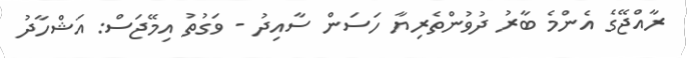
ރާއްޖޭގެ އެންމެ ބާރު ދުވުންތެރިޔާ ހަސަން ސާއިދު - ވަގުތު އިމޭޖަސް: އަޝްހާދު